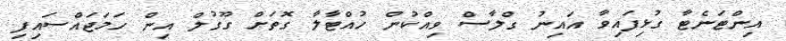
އިންޓަނެޓާ ގުޅިފައިވާ އައިނު ގްލާސް ވިއްކުން ހުއްޓާލާ ގޮތަށް ގޫގުލް އިން ހަމަޖައްސައިފި